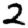
Digit: 2